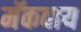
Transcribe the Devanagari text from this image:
मॅकवाय